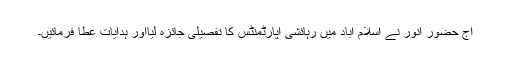
آج حضورِ انور نے اسلام آباد میں رہائشی اپارٹمنٹس کا تفصیلی جائزہ لیااور ہدایات عطا فرمائیں۔